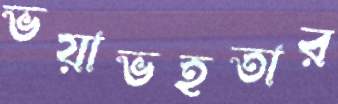
ভয়াভহতার